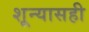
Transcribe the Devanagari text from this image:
शून्यासही